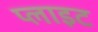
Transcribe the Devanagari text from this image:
प्लाइट